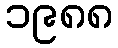
၁၉၈၈